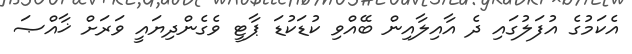
އެކަމުގެ އުފަލުގައި ދެ އާއިލާއިން ބޭއްވި ކުޑަކުޑަ ޕާޓީ ވެގެންދިޔައީ ވަރަށް ޚާއްޞަ